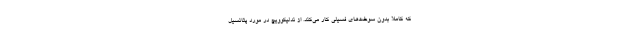
که کاملاً بدون سوخت‌های فسیلی کار می‌کند. از ندلیکوویچ در مورد پتانسیل